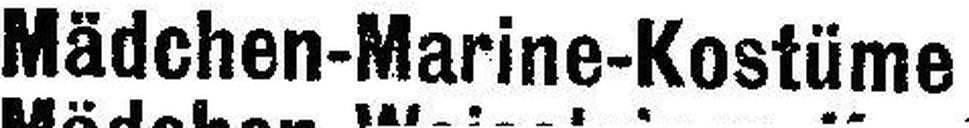
Mädchen-Marine-Kostüme